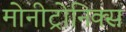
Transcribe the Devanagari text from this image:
मोनीट्रोनिक्स